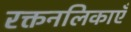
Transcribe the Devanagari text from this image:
रक्तनलिकाएँ